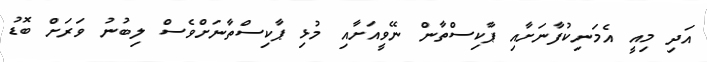
އަދި މިއީ އެމަނިކުފާނަށާއި ޕާކިސްތާން ނޭވީއަށާއި މުޅި ޕާކިސްތާނަށްވެސް ލިބުނު ވަރަށް ބޮޑު